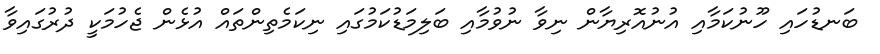
ބަނޑުހައި ހޫނުކަމާއި އުނުއޮރިޔާން ނިވާ ނުވުމާއި ބަލިމަޑުކަމުގައި ނިކަމެތިންތައް އުޅެން ޖެހުމަކީ ދުރުގައިވާ